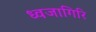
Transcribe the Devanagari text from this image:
ध्वजागिरि